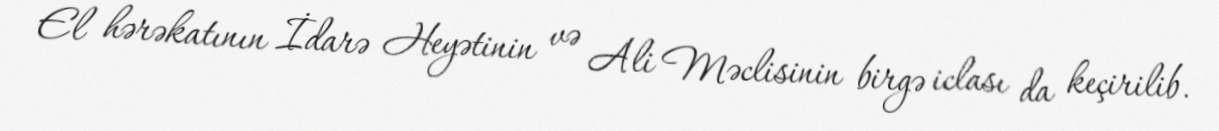
El hərəkatının İdarə Heyətinin və Ali Məclisinin birgə iclası da keçirilib.